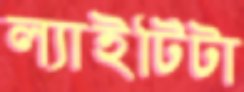
ল্যাইটিটা